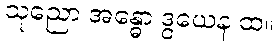
သုညော အန္ဓော ဒွယေန ထ။